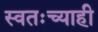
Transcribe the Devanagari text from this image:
स्वतःच्याही